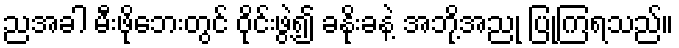
ညအခါ မီးဖိုဘေးတွင် ဝိုင်းဖွဲ့၍ ခနိုးခနဲ့ အဘို့အညု ပြုကြရသည်။